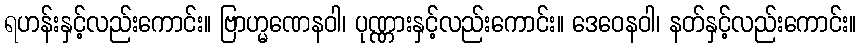
ရဟန်းနှင့်လည်းကောင်း။ ဗြာဟ္မဏေနဝါ၊ ပုဏ္ဏားနှင့်လည်းကောင်း။ ဒေဝေနဝါ၊ နတ်နှင့်လည်းကောင်း။